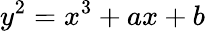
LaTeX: y^{2}=x^{3}+ax+b